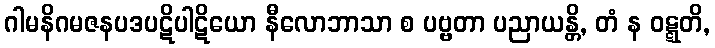
ဂါမနိဂမဇနပဒပဋိပါဋိယော နီလောဘာသာ စ ပဗ္ဗတာ ပညာယန္တိ, တံ န ဝဋ္ဋတိ,